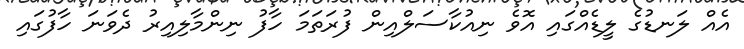
އެއް ލަނޑުގެ ލީޑެއްގައި އޮވެ ނިއުކާސަލްއިން ފުރަތަމަ ހާފު ނިންމާލިއިރު ދެވަނަ ހާފުގައި